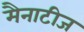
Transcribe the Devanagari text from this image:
मैनाटीज